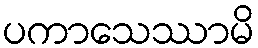
ပကာသေဿာမိ